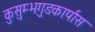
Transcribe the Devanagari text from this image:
कुसुम्भगुडकार्पास